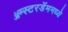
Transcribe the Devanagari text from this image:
ॲम्स्टरडॅममध्ये